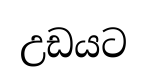
උඩයට